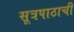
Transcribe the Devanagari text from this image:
सूत्रपाठाची